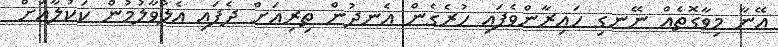
އޭނާ މިވާގޮތެއް ނޭނގި ހައިރާންވެފައި ހުރެގެން އެނދުން ތިރިއަށް ދެފައި އެލުވާލުމުން ކަކުލާއަށް